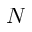
N